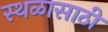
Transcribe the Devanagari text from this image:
स्थळासाठी